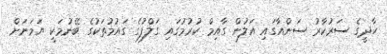
ހާދީގެ ސަރުކާރު ސަންއާގައި އަލުން ގާއިމް ކުރުމުގައި ގަލްފުގެ ގައުމުތަކުގެ ބޭނުމަކީ ޔަމަނަށް